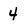
Character: 4